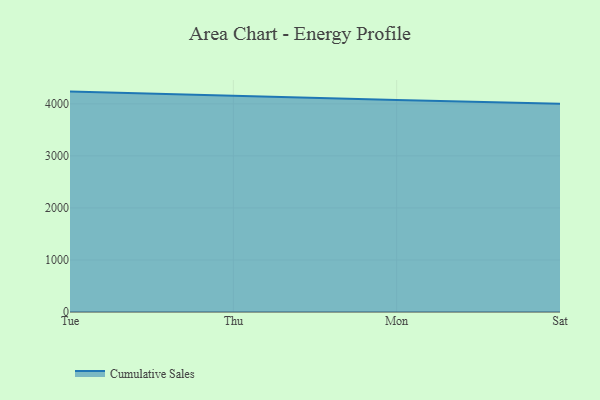
{"axis": {"x": "Day", "y": "Satisfaction Score"}, "legend": ["Cumulative Sales"], "data": [{"x": "Tue", "y": 4235.9, "type": "Cumulative Sales"}, {"x": "Thu", "y": 4149.2, "type": "Cumulative Sales"}, {"x": "Mon", "y": 4075.1, "type": "Cumulative Sales"}, {"x": "Sat", "y": 4002.1, "type": "Cumulative Sales"}]}